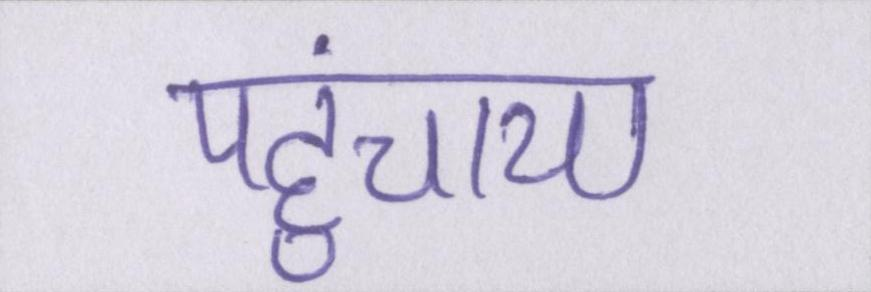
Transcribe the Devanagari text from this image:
पहुंचाया